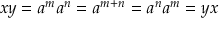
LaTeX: x y = a ^ { m } a ^ { n } = a ^ { m + n } = a ^ { n } a ^ { m } = y x